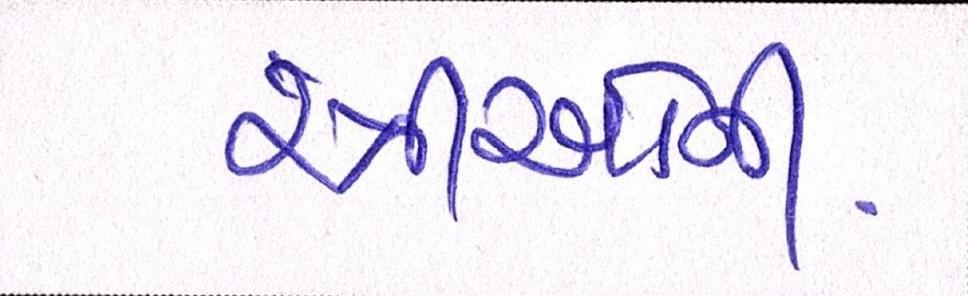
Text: સ્ત્રીઓની